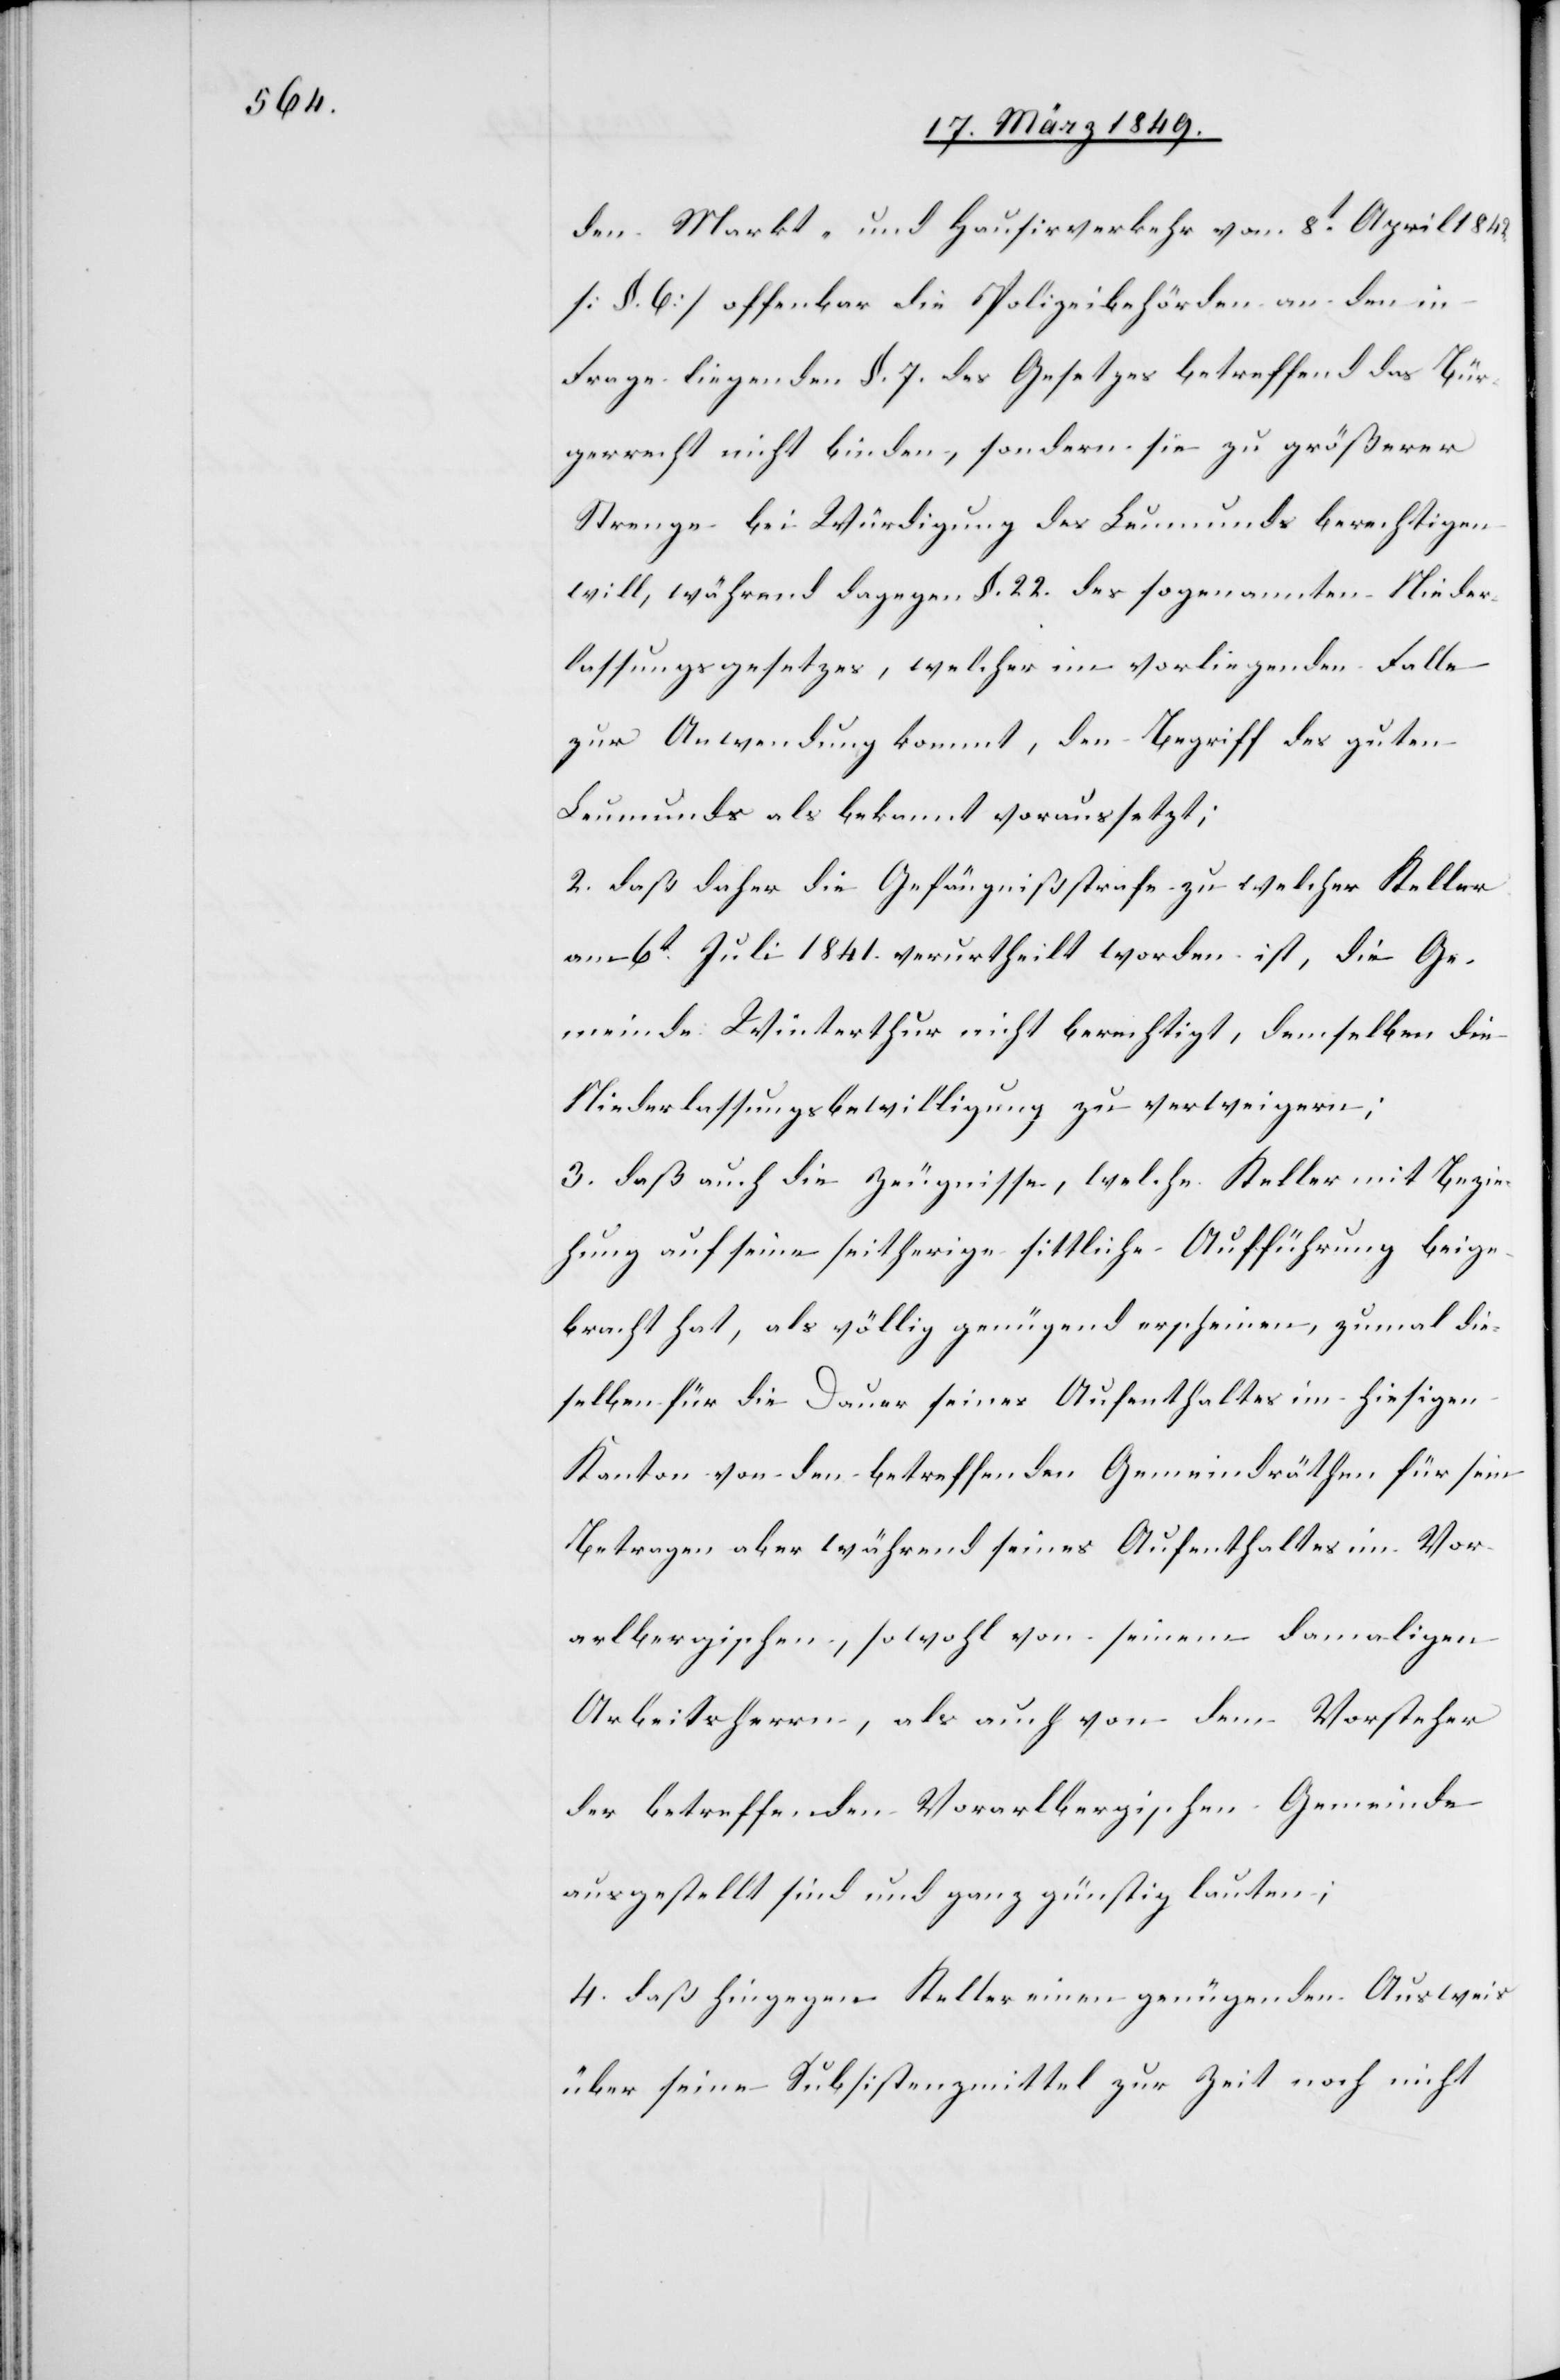
den Markt- und Hausirverkehr vom 8t. April 1842.
[§. 6] offenbar die Polizeibehörden an den in
Frage liegenden §. 7. des Gesetzes betreffend das Bür¬
gerrecht nicht binden, sondern sie zu größerer
Strenge bei Würdigung des Leumunds berechtigen
will, während dagegen §. 22. des sogenannten Nieder¬
lassungsgesetzes, welcher im vorliegenden Falle
zur Anwendung kommt, den Begriff des guten
Leumunds als bekannt voraussetzt;
2. daß daher die Gefängnißstrafe zu welcher Keller
am 6t. Juli 1841. verurtheilt worden ist, die Ge¬
meinde Winterthur nicht berechtigt, demselben die
Niederlassungsbewilligung zu verweigern;
3. daß auch die Zeugnisse, welche Keller mit Bezie¬
hung auf seine seitherige sittliche Aufführung beige¬
bracht hat, als völlig genügend erscheinen, zumal die¬
selben für die Dauer seines Aufenthaltes im hiesigen
Kanton von den betreffenden Gemeindräthen[,] für sein
Betragen aber während seines Aufenthaltes im Vor¬
arlbergischen, sowohl von seinem damaligen
Arbeitsherrn, als auch von dem Vorsteher
der betreffenden Vorarlbergischen Gemeinde
ausgestellt sind und ganz günstig lauten;
4. daß hingegen Keller einen genügenden Ausweis
über seine Subsistenzmittel zur Zeit noch nicht